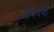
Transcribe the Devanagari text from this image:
आमदजी